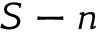
S - n